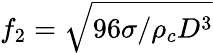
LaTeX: f_{2}=\sqrt{96\sigma/\rho_{c}D^{3}}